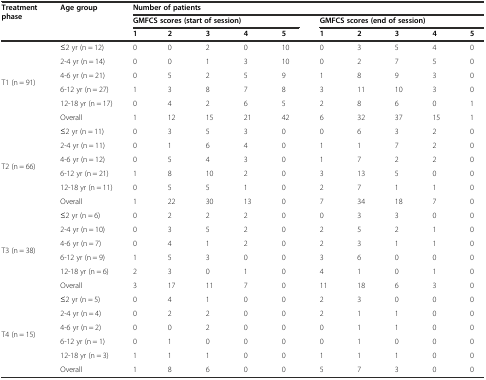
<table><thead><tr><td rowspan="3"><b>Treatment phase</b></td><td rowspan="3"><b>Age group</b></td><td colspan="10"><b>Number of patients</b></td></tr><tr><td colspan="5"><b>GMFCS scores (start of session)</b></td><td colspan="5"><b>GMFCS scores (end of session)</b></td></tr><tr><td><b>1</b></td><td><b>2</b></td><td><b>3</b></td><td><b>4</b></td><td><b>5</b></td><td><b>1</b></td><td><b>2</b></td><td><b>3</b></td><td><b>4</b></td><td><b>5</b></td></tr></thead><tbody><tr><td rowspan="6">T1 (n = 91)</td><td>≤2 yr (n = 12)</td><td>0</td><td>0</td><td>2</td><td>0</td><td>10</td><td>0</td><td>3</td><td>5</td><td>4</td><td>0</td></tr><tr><td>2-4 yr (n = 14)</td><td>0</td><td>0</td><td>1</td><td>3</td><td>10</td><td>0</td><td>2</td><td>7</td><td>5</td><td>0</td></tr><tr><td>4-6 yr (n = 21)</td><td>0</td><td>5</td><td>2</td><td>5</td><td>9</td><td>1</td><td>8</td><td>9</td><td>3</td><td>0</td></tr><tr><td>6-12 yr (n = 27)</td><td>1</td><td>3</td><td>8</td><td>7</td><td>8</td><td>3</td><td>11</td><td>10</td><td>3</td><td>0</td></tr><tr><td>12-18 yr (n = 17)</td><td>0</td><td>4</td><td>2</td><td>6</td><td>5</td><td>2</td><td>8</td><td>6</td><td>0</td><td>1</td></tr><tr><td>Overall</td><td>1</td><td>12</td><td>15</td><td>21</td><td>42</td><td>6</td><td>32</td><td>37</td><td>15</td><td>1</td></tr><tr><td rowspan="6">T2 (n = 66)</td><td>≤2 yr (n = 11)</td><td>0</td><td>3</td><td>5</td><td>3</td><td>0</td><td>0</td><td>6</td><td>3</td><td>2</td><td>0</td></tr><tr><td>2-4 yr (n = 11)</td><td>0</td><td>1</td><td>6</td><td>4</td><td>0</td><td>1</td><td>1</td><td>7</td><td>2</td><td>0</td></tr><tr><td>4-6 yr (n = 12)</td><td>0</td><td>5</td><td>4</td><td>3</td><td>0</td><td>1</td><td>7</td><td>2</td><td>2</td><td>0</td></tr><tr><td>6-12 yr (n = 21)</td><td>1</td><td>8</td><td>10</td><td>2</td><td>0</td><td>3</td><td>13</td><td>5</td><td>0</td><td>0</td></tr><tr><td>12-18 yr (n = 11)</td><td>0</td><td>5</td><td>5</td><td>1</td><td>0</td><td>2</td><td>7</td><td>1</td><td>1</td><td>0</td></tr><tr><td>Overall</td><td>1</td><td>22</td><td>30</td><td>13</td><td>0</td><td>7</td><td>34</td><td>18</td><td>7</td><td>0</td></tr><tr><td rowspan="6">T3 (n = 38)</td><td>≤2 yr (n = 6)</td><td>0</td><td>2</td><td>2</td><td>2</td><td>0</td><td>0</td><td>3</td><td>3</td><td>0</td><td>0</td></tr><tr><td>2-4 yr (n = 10)</td><td>0</td><td>3</td><td>5</td><td>2</td><td>0</td><td>2</td><td>5</td><td>2</td><td>1</td><td>0</td></tr><tr><td>4-6 yr (n = 7)</td><td>0</td><td>4</td><td>1</td><td>2</td><td>0</td><td>2</td><td>3</td><td>1</td><td>1</td><td>0</td></tr><tr><td>6-12 yr (n = 9)</td><td>1</td><td>5</td><td>3</td><td>0</td><td>0</td><td>3</td><td>6</td><td>0</td><td>0</td><td>0</td></tr><tr><td>12-18 yr (n = 6)</td><td>2</td><td>3</td><td>0</td><td>1</td><td>0</td><td>4</td><td>1</td><td>0</td><td>1</td><td>0</td></tr><tr><td>Overall</td><td>3</td><td>17</td><td>11</td><td>7</td><td>0</td><td>11</td><td>18</td><td>6</td><td>3</td><td>0</td></tr><tr><td rowspan="6">T4 (n = 15)</td><td>≤2 yr (n = 5)</td><td>0</td><td>4</td><td>1</td><td>0</td><td>0</td><td>2</td><td>3</td><td>0</td><td>0</td><td>0</td></tr><tr><td>2-4 yr (n = 4)</td><td>0</td><td>2</td><td>2</td><td>0</td><td>0</td><td>2</td><td>1</td><td>1</td><td>0</td><td>0</td></tr><tr><td>4-6 yr (n = 2)</td><td>0</td><td>0</td><td>2</td><td>0</td><td>0</td><td>0</td><td>1</td><td>1</td><td>0</td><td>0</td></tr><tr><td>6-12 yr (n = 1)</td><td>0</td><td>1</td><td>0</td><td>0</td><td>0</td><td>0</td><td>1</td><td>0</td><td>0</td><td>0</td></tr><tr><td>12-18 yr (n = 3)</td><td>1</td><td>1</td><td>1</td><td>0</td><td>0</td><td>1</td><td>1</td><td>1</td><td>0</td><td>0</td></tr><tr><td>Overall</td><td>1</td><td>8</td><td>6</td><td>0</td><td>0</td><td>5</td><td>7</td><td>3</td><td>0</td><td>0</td></tr></tbody></table>